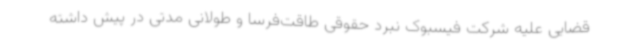
قضایی علیه شرکت فیسبوک نبرد حقوقی طاقت‌فرسا و طولانی مدتی در پیش داشته